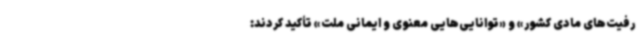
رفیت‌های مادی کشور» و «توانایی‌هایی معنوی و ایمانی ملت» تأکید کردند: